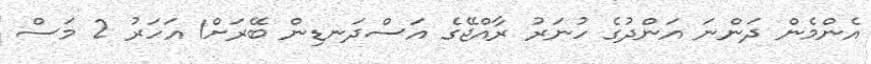
އެންމެން ދަންނަ އަންދުގެ ހުނަރު ރާއްޖޭގެ އަސްދަނޑިން ބޭރަށް1 އަހަރު 2 މަސް